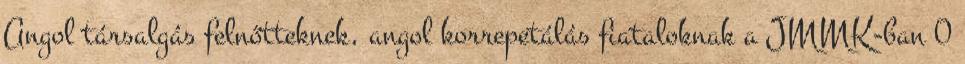
Angol társalgás felnőtteknek, angol korrepetálás fiataloknak a JMMK-ban 0